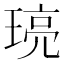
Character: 𤦻